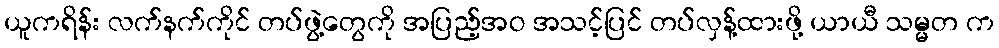
ယူကရိန်း လက်နက်ကိုင် တပ်ဖွဲ့တွေကို အပြည့်အဝ အသင့်ပြင် တပ်လှန့်ထားဖို့ ယာယီ သမ္မတ က